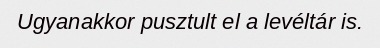
Ugyanakkor pusztult el a levéltár is.